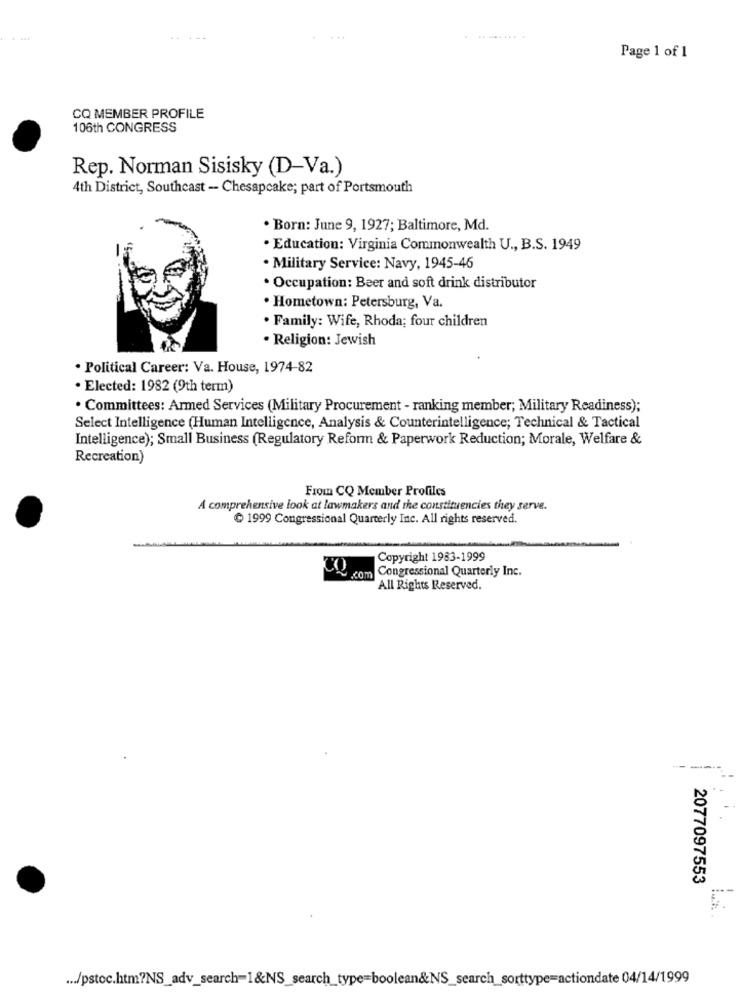
Page 1 of 1
CQ MEMBER PROFILE
106th CONGRESS
Rep. Norman Sisisky (D-Va.)
4th District, Southeast - Chesapeake; part of Portsmouth
· Born: June 9, 1927; Baltimore, Md.
. Education: Virginia Commonwealth U ., B.S. 1949
. Military Service: Navy, 1945-46
· Occupation: Beer and soft drink distributor
· Hometown: Petersburg, Va.
. Family: Wife, Rhoda; four children
· Religion: Jewish
· Political Career: Va. House, 1974-82
· Elected: 1982 (9th term)
. Committees: Armed Services (Military Procurement - ranking member; Military Readiness);
Select Intelligence (Human Intelligence, Analysis & Counterintelligence; Technical & Tactical
Intelligence); Small Business (Regulatory Reform & Paperwork Reduction; Morale, Welfare &
Recreation)
From CQ Member Profiles
A comprehensive look at lawmakers and the constituencies they serve.
₾ 1999 Congressional Quarterly Inc. All rights reserved.
Copyright 1983-1999
.com Congressional Quarterly Inc.
All Rights Reserved.
--
2077097553
... /pstoc.htm?NS_adv_search=1&NS_search_type=boolean&NS_search_sorttype=actiondate 04/14/1999